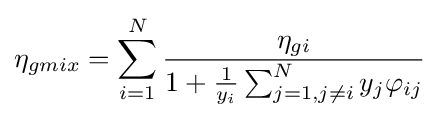
\eta _{gmix}=\sum _{i=1}^{N}{\frac {\eta _{gi}}{1+{\frac {1}{y_{i}}}\sum _{j=1,j\neq i}^{N}y_{j}\varphi _{ij}}}